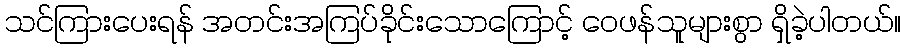
သင်ကြားပေးရန် အတင်းအကြပ်ခိုင်းသောကြောင့် ဝေဖန်သူများစွာ ရှိခဲ့ပါတယ်။